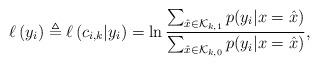
LaTeX: \begin{align*} \ell\left(y_i \right) \triangleq \ell\left( c_{i,k} \vert y_i \right) = \ln{\frac{\sum_{\hat{x}\in\mathcal{K}_{k,1}}p(y_i\vert x=\hat{x})}{\sum_{\hat{x}\in\mathcal{K}_{k,0}}p(y_i\vert x=\hat{x})}},\end{align*}